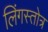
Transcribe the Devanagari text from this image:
लिंगस्तोत्र